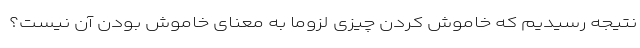
نتیجه رسیدیم که خاموش کردن چیزی لزوماً به معنای خاموش بودن آن نیست؟